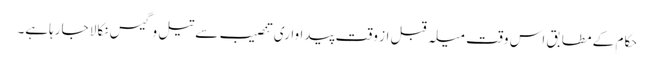
حکام کے مطابق اس وقت میلہ قبل از وقت پیداواری تنصیب سے تیل وگیس نکالا جارہاہے۔